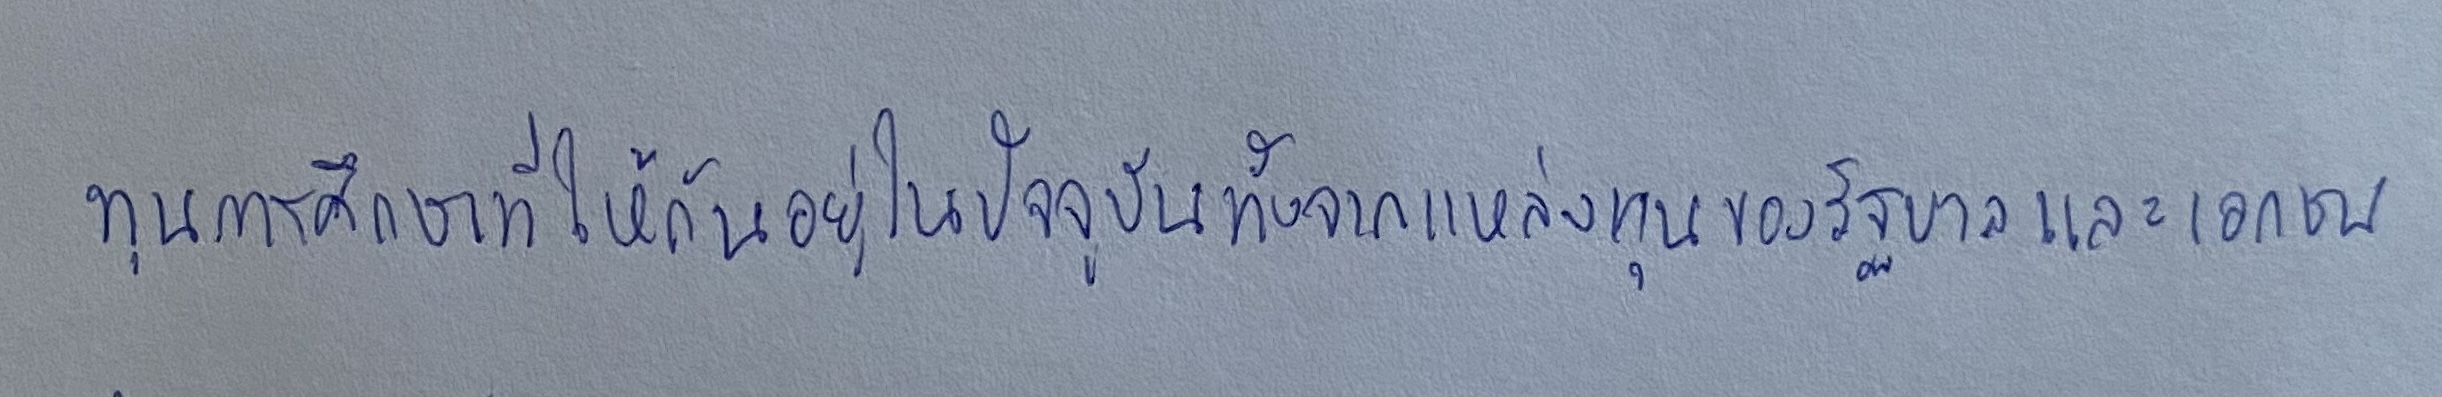
ทุนการศึกษาที่ให้กันอยู่ในปัจจุบันทั้งจากแหล่งทุนของรัฐบาลและเอกชน